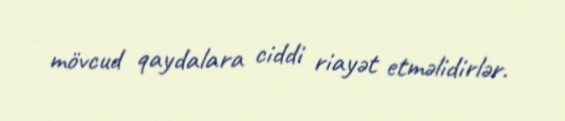
mövcud qaydalara ciddi riayət etməlidirlər.